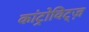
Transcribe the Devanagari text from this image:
कांट्रोविट्ज़